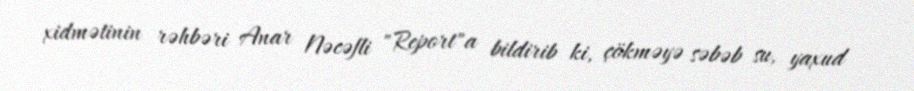
xidmətinin rəhbəri Anar Nəcəfli "Report"a bildirib ki, çökməyə səbəb su, yaxud